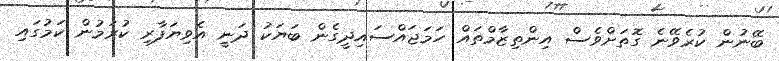
ބޭނުން ކުރެވޭނެ ގޮތަށްވެސް އިންތިޒާމްތައް ހަމަޖައްސައިދީގެން ބަޔަކު ދަނީ އެވިޔަފާރި ކުރަމުން ކަމުގައި